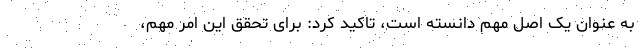
به عنوان یک اصل مهم دانسته است، تاكيد كرد: برای تحقق این امر مهم،